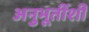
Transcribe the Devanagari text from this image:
अनुभूतींशी